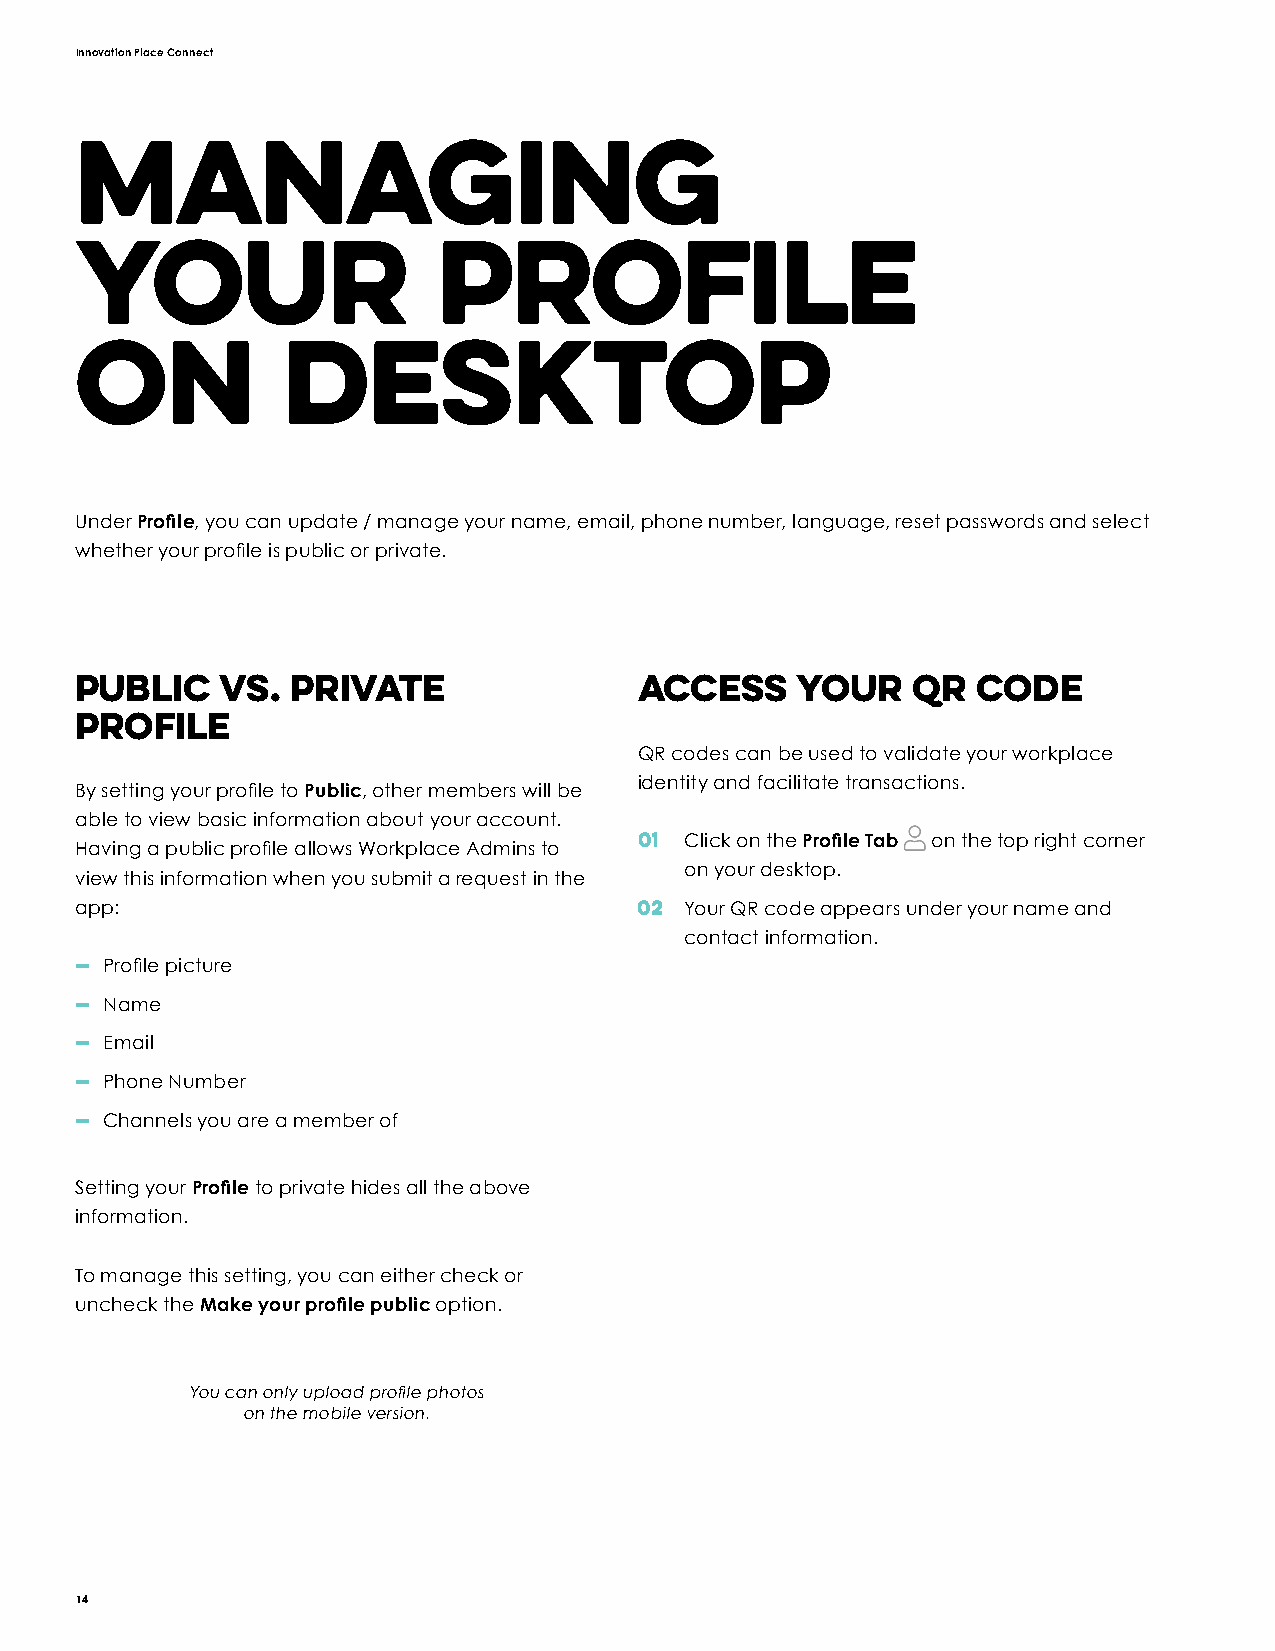
Innovation Place Connect
 Managing
 Your                    Profile
 on            Desktop
 Under Profile, you can update / manage your name, email, phone number, language, reset passwords and select
 whether your profile is public or private.
 Public    vs. Private                Access     Your   QR   Code
 Profile
 QR codes can be used to validate your workplace
 identity and facilitate transactions.
 By setting your profile to Public, other members will be
 able to view basic information about your account.
 01 Click on the Profile Tab on the top right corner
 Having a public profile allows Workplace Admins to
 on your desktop.
 view this information when you submit a request in the
 app:                                 02 Your QR code appears under your name and
 contact information.
 — Profile picture
 — Name
 — Email
 — Phone Number
 — Channels you are a member of
 Setting your Profile to private hides all the above
 information.
 To manage this setting, you can either check or
 uncheck the Make your profile public option.
 You can only upload profile photos
 on the mobile version.
 14